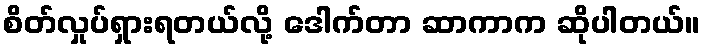
စိတ်လှုပ်ရှားရတယ်လို့ ဒေါက်တာ ဆာကာက ဆိုပါတယ်။